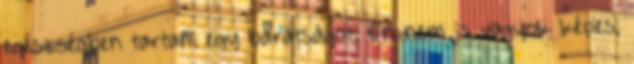
egészségben tartani egy barátságot. Én nem is vagyok képes,